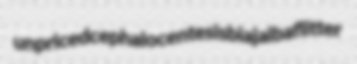
unpriced cephalocentesis biajaiba flitter